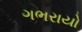
ગભરાયો